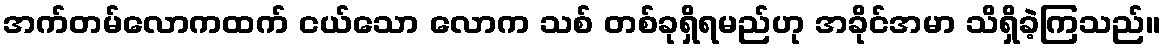
အက်တမ်လောကထက် ငယ်သော လောက သစ် တစ်ခုရှိရမည်ဟု အခိုင်အမာ သိရှိခဲ့ကြသည်။